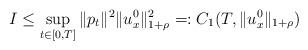
LaTeX: \begin{align*}I\leq \sup_{t\in[0,T]} \Vert p_t\Vert^2 \Vert u^0_x\Vert_{1+\rho}^2=:C_1(T,\Vert u^0_x\Vert_{1+\rho})\end{align*}